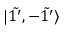
| \Tilde { 1 ^ { \prime } } , - \Tilde { 1 ^ { \prime } } \rangle